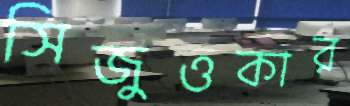
সিজুওকার